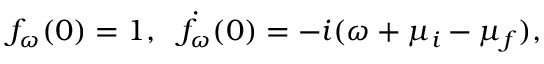
f _ { \omega } ( 0 ) = 1 , \ \ \dot { f _ { \omega } } ( 0 ) = - i ( \omega + \mu _ { i } - \mu _ { f } ) ,